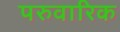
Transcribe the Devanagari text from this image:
परुवारिक